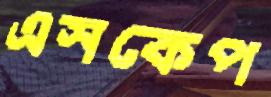
এসকেপ